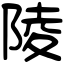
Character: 陵